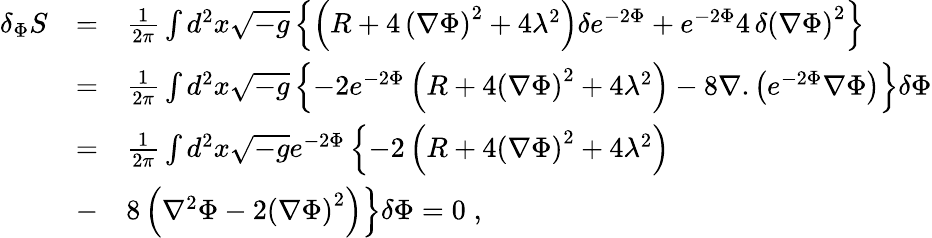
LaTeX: \begin{array}{lcl}{{\delta_{\Phi}S}}&{{=}}&{{{\frac{1}{2\pi}}\int d^{2}x\sqrt{-g}\left\{ \left(R+4\, {\left(\nabla\Phi\right)}^{2}+4\lambda^{2}\right)\delta e^{-2\Phi}+e^{-2\Phi}4\, \delta{\left(\nabla\Phi\right)}^{2}\right\} }}\\ {{}}&{{=}}&{{{\frac{1}{2\pi}}\int d^{2}x\sqrt{-g}\left\{ -2e^{-2\Phi}\left(R+4{\left(\nabla\Phi\right)}^{2}+4\lambda^{2}\right)-8\nabla.\left(e^{-2\Phi}\nabla\Phi\right)\right\} \delta\Phi}}\\ {{}}&{{=}}&{{{\frac{1}{2\pi}}\int d^{2}x\sqrt{-g}e^{-2\Phi}\left\{ -2\left(R+4{\left(\nabla\Phi\right)}^{2}+4\lambda^{2}\right)\right.}}\\ {{}}&{{-}}&{{8\left.\left(\nabla^{2}\Phi-2{\left(\nabla\Phi\right)}^{2}\right)\right\} \delta\Phi=0\; ,}}\end{array}